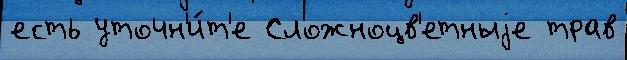
есть уточн'и́т'е Сложноцв'етныjе трав